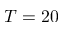
T = 2 0